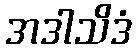
အဒါသိဒံ